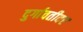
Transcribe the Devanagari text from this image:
दुर्गावतीवर